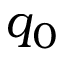
q _ { 0 }